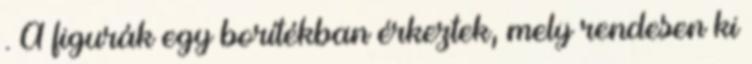
. A figurák egy borítékban érkeztek, mely rendesen ki